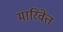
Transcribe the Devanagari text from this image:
मारिवेत